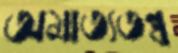
অমাত্যতন্ত্র